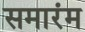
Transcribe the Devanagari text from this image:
समारंम